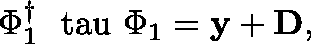
\Phi _ { 1 } ^ { \dagger } \mathrm { \boldmath ~ \ t a u ~ } \Phi _ { 1 } = { \bf y } + { \bf D } ,